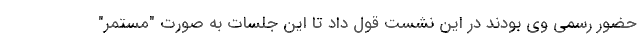
حضور رسمی وی بودند در این نشست قول داد تا این جلسات به صورتِ "مستمر"